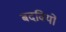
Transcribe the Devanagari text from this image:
बदवियों